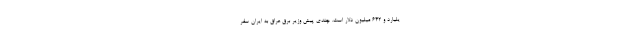
یلیارد و ۶۴۲ میلیون دلار است. چندی پیش وزیر برق عراق به ایران سفر